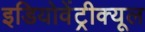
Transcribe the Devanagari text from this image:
इडियोवेंट्रीक्यूल